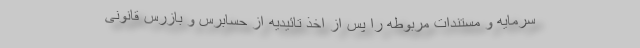
سرمایه و مستندات مربوطه را پس از اخذ تائیدیه از حسابرس و بازرس قانونی